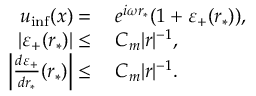
\begin{array} { r l } { u _ { \operatorname* { i n f } } ( x ) = } & { \: e ^ { i \omega r _ { * } } ( 1 + \varepsilon _ { + } ( r _ { * } ) ) , } \\ { | \varepsilon _ { + } ( r _ { * } ) | \leq } & { \: C _ { m } | r | ^ { - 1 } , } \\ { \left| \frac { d \varepsilon _ { + } } { d r _ { * } } ( r _ { * } ) \right| \leq } & { \: C _ { m } | r | ^ { - 1 } . } \end{array}